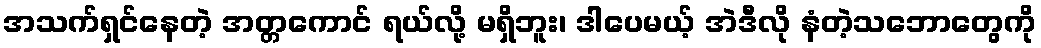
အသက်ရှင်နေတဲ့ အတ္တကောင် ရယ်လို့ မရှိဘူး၊ ဒါပေမယ့် အဲဒီလို နံတဲ့သဘောတွေကို